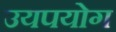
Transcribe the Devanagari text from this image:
उयपयोग